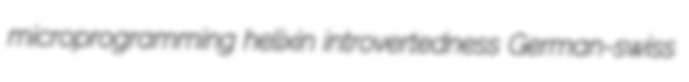
microprogramming helixin introvertedness German-swiss